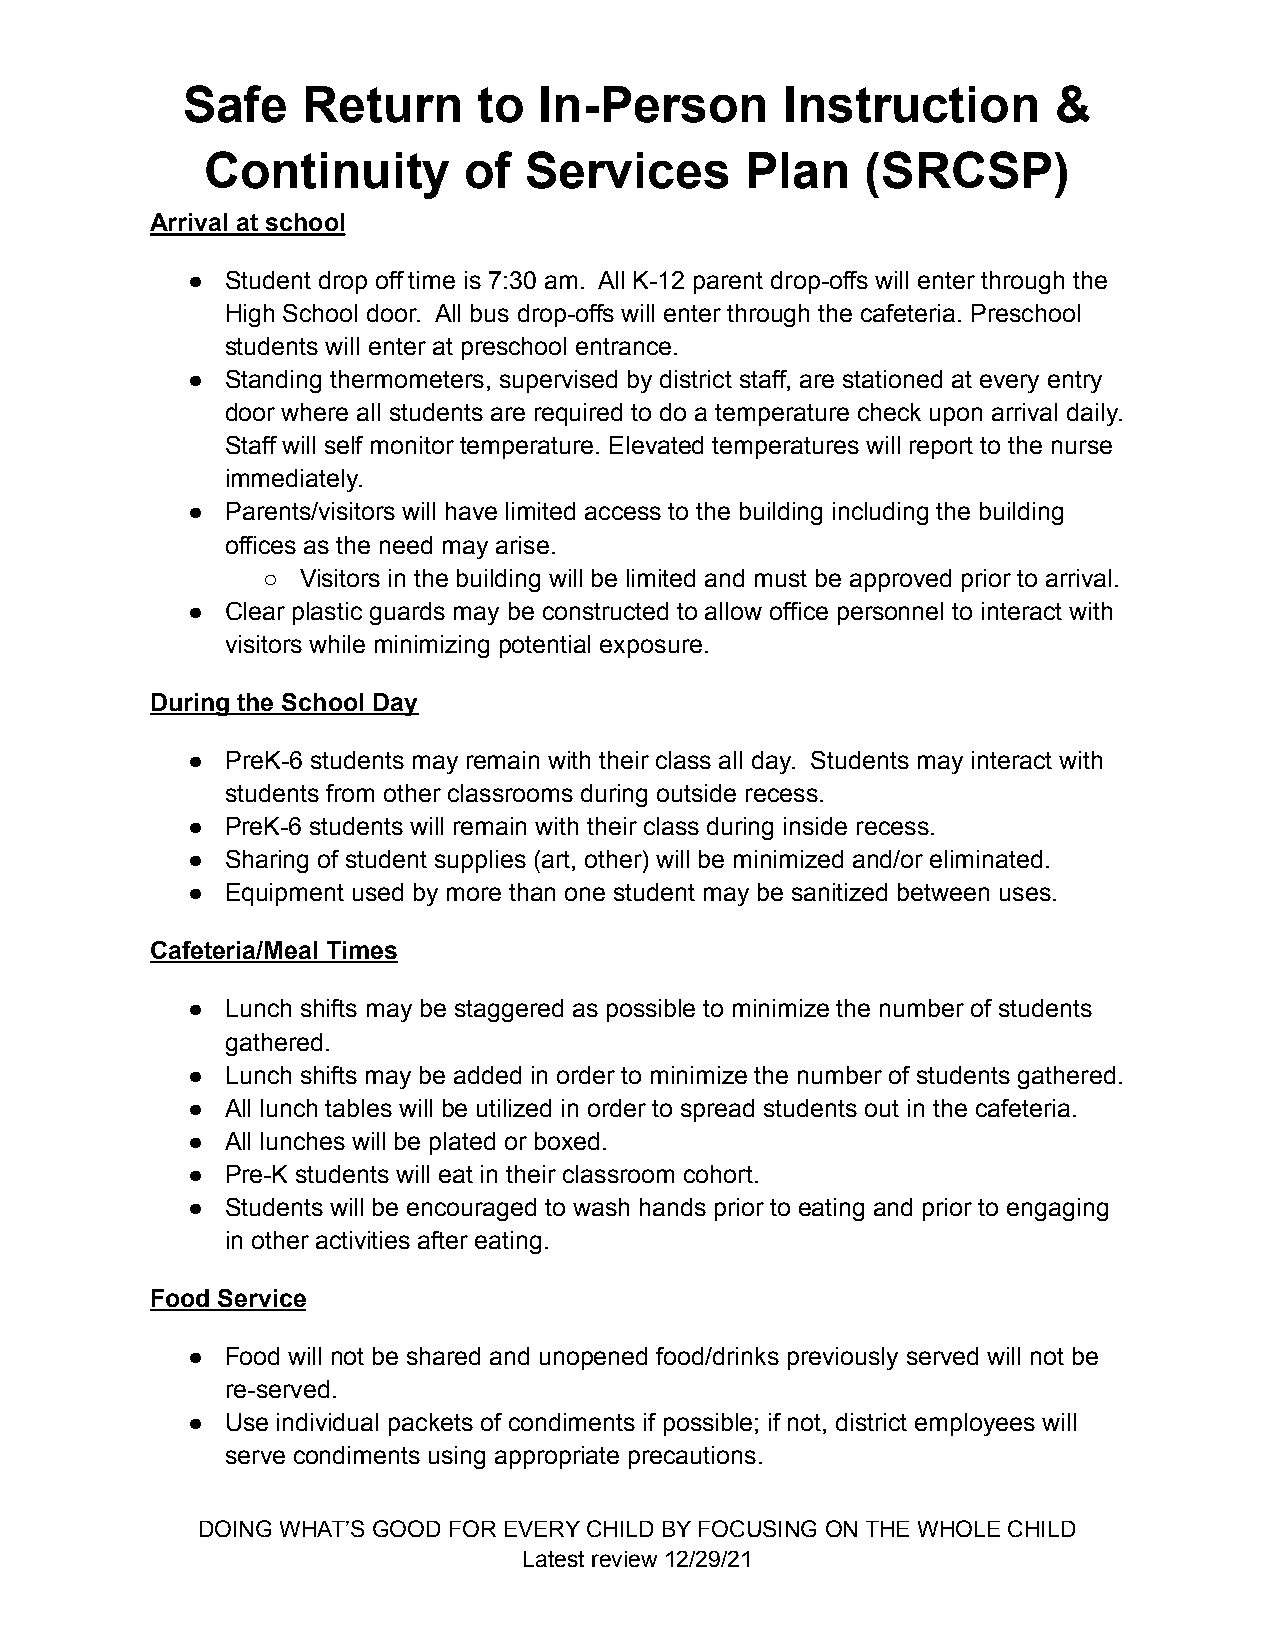
Safe    Return      to  In-Person       Instruction       &
 Continuity       of  Services      Plan    (SRCSP)
 Arrival at school
 ●  Student drop off time is 7:30 am. All K-12 parent drop-offs will enter through the
 High School door. All bus drop-offs will enter through the cafeteria. Preschool
 students will enter at preschool entrance.
 ●  Standing thermometers, supervised by district staff, are stationed at every entry
 door where all students are required to do a temperature check upon arrival daily.
 Staff will self monitor temperature. Elevated temperatures will report to the nurse
 immediately.
 ●  Parents/visitors will have limited access to the building including the building
 offices as the need may arise.
 ○  Visitors in the building will be limited and must be approved prior to arrival.
 ●  Clear plastic guards may be constructed to allow office personnel to interact with
 visitors while minimizing potential exposure.
 During the School Day
 ●  PreK-6 students may remain with their class all day. Students may interact with
 students from other classrooms during outside recess.
 ●  PreK-6 students will remain with their class during inside recess.
 ●  Sharing of student supplies (art, other) will be minimized and/or eliminated.
 ●  Equipment used by more than one student may be sanitized between uses.
 Cafeteria/Meal Times
 ●  Lunch shifts may be staggered as possible to minimize the number of students
 gathered.
 ●  Lunch shifts may be added in order to minimize the number of students gathered.
 ●  All lunch tables will be utilized in order to spread students out in the cafeteria.
 ●  All lunches will be plated or boxed.
 ●  Pre-K students will eat in their classroom cohort.
 ●  Students will be encouraged to wash hands prior to eating and prior to engaging
 in other activities after eating.
 Food Service
 ●  Food will not be shared and unopened food/drinks previously served will not be
 re-served.
 ●  Use individual packets of condiments if possible; if not, district employees will
 serve condiments using appropriate precautions.
 DOING WHAT’S GOOD FOR EVERY CHILD BY FOCUSING ON THE WHOLE CHILD
 Latest review 12/29/21